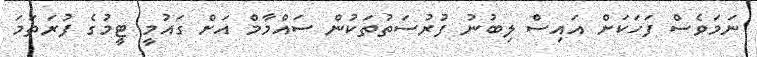
ނަމަވެސް ފަހަކަށް އައިސް ލިބުނު ފުރުސަތުތަކުން ސައްމާމް އަށް ގައުމީ ޓީމުގެ ފުރަތަމަ